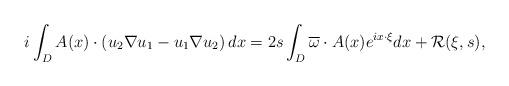
LaTeX: \begin{align*}i\int_D A(x)\cdot \left( u_2\nabla u_1-u_1 \nabla u_2 \right) dx=2s\int_D \overline{\omega}\cdot A(x) e^{ix\cdot \xi }dx+\mathcal{R}(\xi,s),\end{align*}